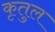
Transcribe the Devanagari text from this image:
कृतुल